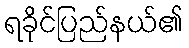
ရခိုင်ပြည်နယ်၏